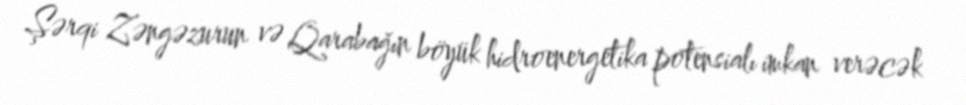
Şərqi Zəngəzurun və Qarabağın böyük hidroenergetika potensialı imkan verəcək